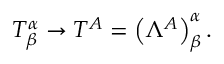
T _ { \beta } ^ { \alpha } \rightarrow T ^ { A } = \left( \Lambda ^ { A } \right) _ { \beta } ^ { \alpha } .